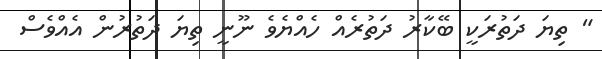
" ތިޔަ ދަތުރަކީ ބޭކާރު ދަތުރެއް ހެއްޔެވެ ނޫނީ ތިޔަ ދަތުރުން އެއްވެސް